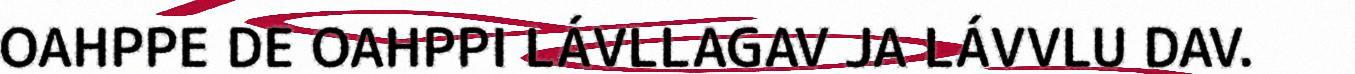
OAHPPE DE OAHPPI LÁVLLAGAV JA LÁVVLU DAV.